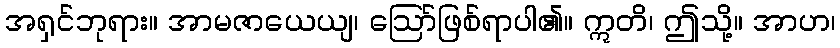
အရှင်ဘုရား။ အာမဇာယေယျ၊ ဩော်ဖြစ်ရာပါ၏။ ဣတိ၊ ဤသို့။ အာဟ၊